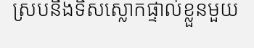
ស្របនឹងទិសស្លោកផ្ទាល់ខ្លួនមួយ